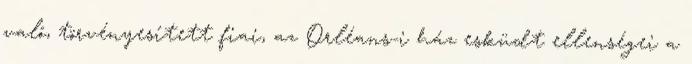
való, törvényesített fiai, az Orléans-i ház esküdt ellenségei a